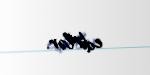
edirlər.